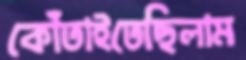
কোঁতাইতেছিলাম